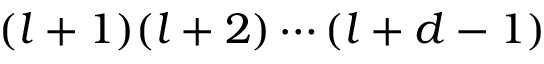
( l + 1 ) ( l + 2 ) \cdots ( l + d - 1 )